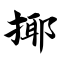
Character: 揶